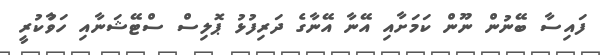
ފައިސާ ބޭނުން ނޫން ކަމަށާއި އޭނާ އޭނާގެ ދަރިފުޅު ޕޮލިސް ސްޓޭޝަނާއި ހަވާުކުރީ